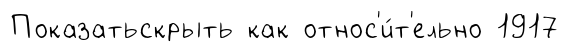
Показатьскрыть как относ'и́т'ельно 1917